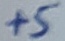
Text: +5